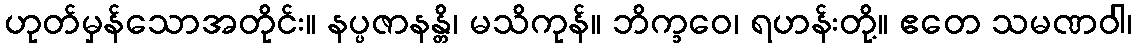
ဟုတ်မှန်သောအတိုင်း။ နပ္ပဇာနန္တိ၊ မသိကုန်။ ဘိက္ခဝေ၊ ရဟန်းတို့။ ဧတေ သမဏဝါ၊